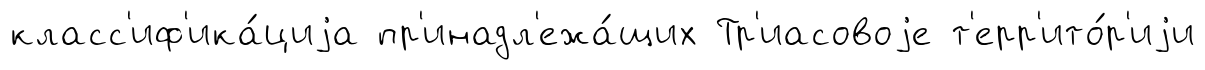
класс'иф'ика́циjа пр'инадл'ежа́щих Тр'иасовоjе т'ерр'ито́р'иjи